Report on malaria in the Punjab during the year ...  together with an account of the work of the Punjab Malaria Bureau - Volume 4
Disease focus: Malaria
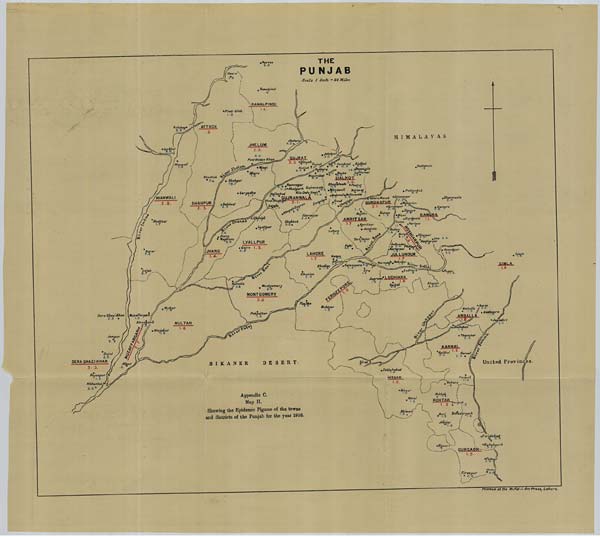
Printed at the Mufid-i-Am Press, Lahore.